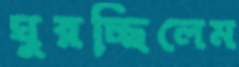
ঘুরচ্ছিলেম